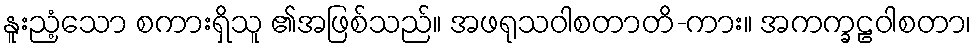
နူးညံ့သော စကားရှိသူ ၏အဖြစ်သည်။ အဖရုသဝါစတာတိ-ကား။ အကက္ခဠဝါစတာ၊